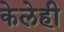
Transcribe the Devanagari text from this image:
केलेही